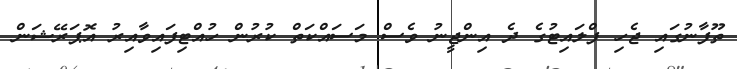
ތޫފާނުގައި ޖެހި ފްލައިޓުގެ ދެ އިންޖީނު ވެސް މަސައްކަތް ކުރުން ހުއްޓިފައިވާއިރު އޮޕަރޭޝަން